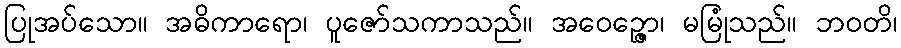
ပြုအပ်သော။ အဓိကာရော၊ ပူဇော်သကာသည်။ အဝေဉ္ဇော၊ မမြုံသည်။ ဘဝတိ၊